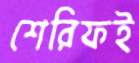
শেরিফই